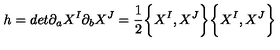
h = d e t \partial _ { a } X ^ { I } \partial _ { b } X ^ { J } = \frac { 1 } { 2 } \biggl \{ X ^ { I } , X ^ { J } \biggr \} \biggl \{ X ^ { I } , X ^ { J } \biggr \}